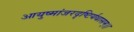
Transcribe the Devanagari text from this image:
आयुष्मांजरदृष्टिर्यथासम्।।